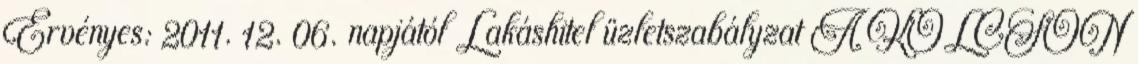
Érvényes: 2011. 12. 06. napjától Lakáshitel üzletszabályzat A KÖLCSÖN